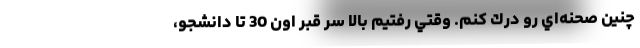
چنين صحنه‌اي رو درك كنم. وقتي رفتيم بالا سر قبر اون 30 تا دانشجو،